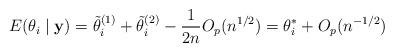
LaTeX: \begin{align*}E(\theta_i \mid {\bf y}) = \tilde{\theta}_i^{(1)} + \tilde{\theta}_i^{(2)} - \frac{1}{2n} O_p(n^{1/2})=\theta_i^* + O_p(n^{-1/2})\end{align*}